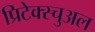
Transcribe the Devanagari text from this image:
प्रिटेक्स्चुअल